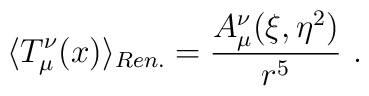
\langle T_\mu^\nu(x)\rangle_{Ren.}=\frac{A_\mu^\nu(\xi,\eta^2)}{r^5} \ .